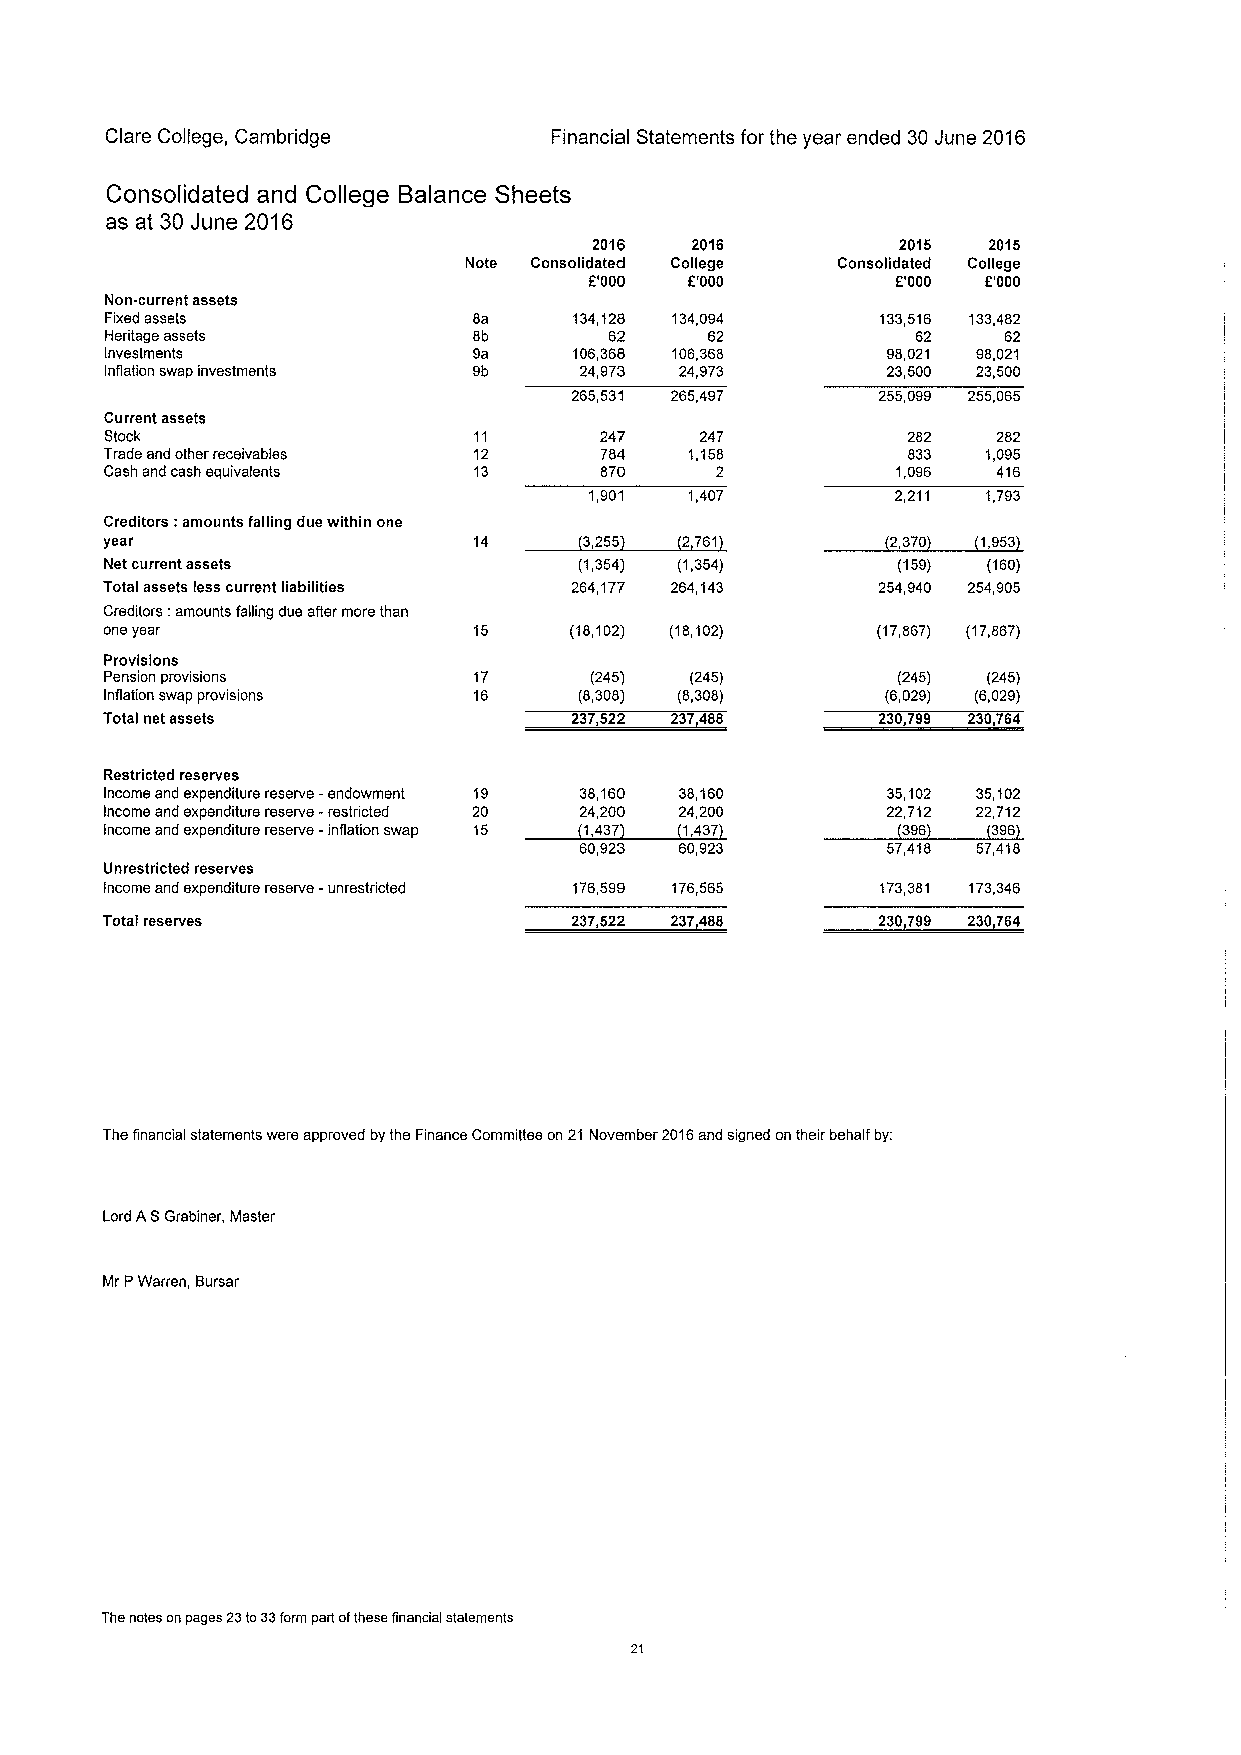
Clare College, Cambridge      Financial Statements for the year ended 30June 2016
 Consolidated and College Balance Sheets
 as at 30 June 2016
 2016   2016         2015  2015
 Note Consolidated College Consolidated College
 6'000  f'000        6'000 6'000
 Non-current assets
 Fixed assets            8a     134,128 134,094     133,516 133,482
 Heritage assets         8b       62     62            62   62
 Investments             ga     106,368 106,368      98,021 98,021
 Inflation swap investments 9b  24,973 24,973        23,500 23,500
 265,531 265,497     255,099 255,065
 Current assets
 Stock                   11       247   247           282   282
 Trade and other receivables 12   784   1,158         833  1,095
 Cash and cash equivalents 13     870    2           1,096  416
 1,901  1,407        2,211 1,793
 Creditors: amounts falling due within one
 year                    14      3,255 2761          2,370 1,953
 Net current assets             (1,354) (1,354)      (159) (160)
 Total assets less current liabilities 264,177 264,143 254,940 254,905
 Creditors; amounts falling due after more than
 one year                15     (18,102) (18,102)   (17,867) (17,867)
 Provisions
 Pension provisions      17      (245)  (245)        (245) (245)
 Inflation swap provisions 16   (8,308) (8,308)      (6,029) (6,029)
 Total net assets               237522 237488       230,799 230,764
 Restricted reserves
 Income and expenditure reserve -endowment 19 38,160 38,160 35,102 35,102
 Income and expenditure reserve -restricted 20 24,200 24,200 22,712 22,712
 Income and expenditure reserve -inflation swap 15 1,437 1,437 396 396
 60,923 60,923        57,418 57,418
 Unrestricted reserves
 Income and expenditure reserve -unrestricted 176,599 176,565 173,381 173,346
 Total reserves                 237522 237488       230799 230764
 The financial statements were approved bythe Finance Committee on 21 November 2016and signed on their behalf by:
 Lord ASGrabiner, Master
 Mr PWarren, Bursar
 The notes on pages 23to33form part ofthese financial statements
 21